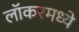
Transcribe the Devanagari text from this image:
लॉकरमध्ये